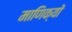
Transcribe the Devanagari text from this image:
माणिक्यों